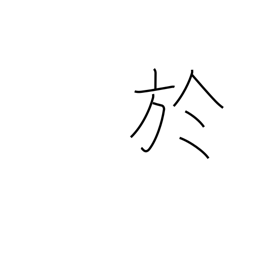
Meaning: on